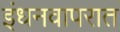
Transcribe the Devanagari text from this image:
इंधनवापरात